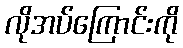
လိုအပ်ကြောင်းကို